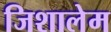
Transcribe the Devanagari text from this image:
जिशालेम